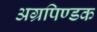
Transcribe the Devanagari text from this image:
अग्रपिण्डक